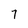
Character: 7